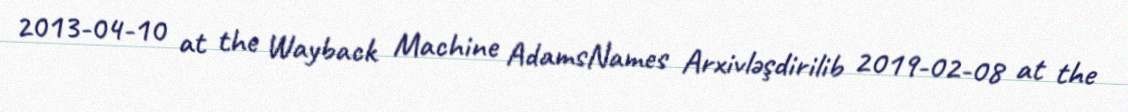
2013-04-10 at the Wayback Machine AdamsNames Arxivləşdirilib 2019-02-08 at the